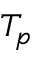
T _ { p }